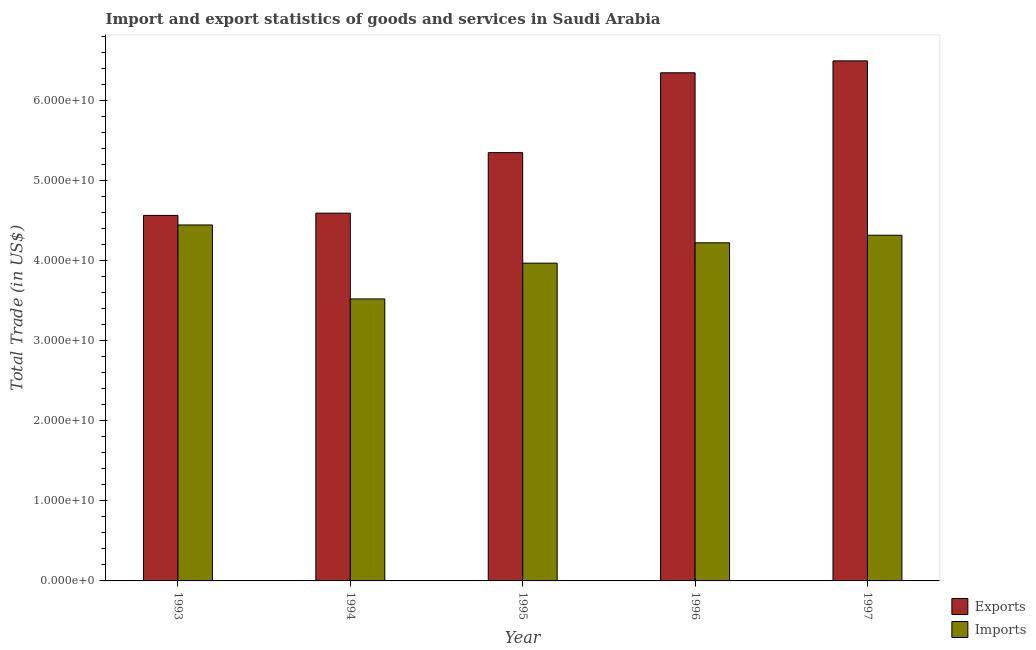
| Year | Exports | Imports |
 | --- | --- | --- |
 | 1993 | 4.57e+10 | 4.45e+10 |
 | 1994 | 4.6e+10 | 3.52e+10 |
 | 1995 | 5.35e+10 | 3.97e+10 |
 | 1996 | 6.35e+10 | 4.23e+10 |
 | 1997 | 6.5e+10 | 4.32e+10 |